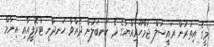
މީގެ އިތުރުން ރައީސުލް ޖުމްހޫރިއްޔާގެ ދެ ކަނބަލުން ދެއްވާ ހަނދާނީ ޓްރޮފީއާއި އިނާމް